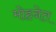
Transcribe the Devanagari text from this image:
मोहनेत